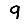
Digit: 9